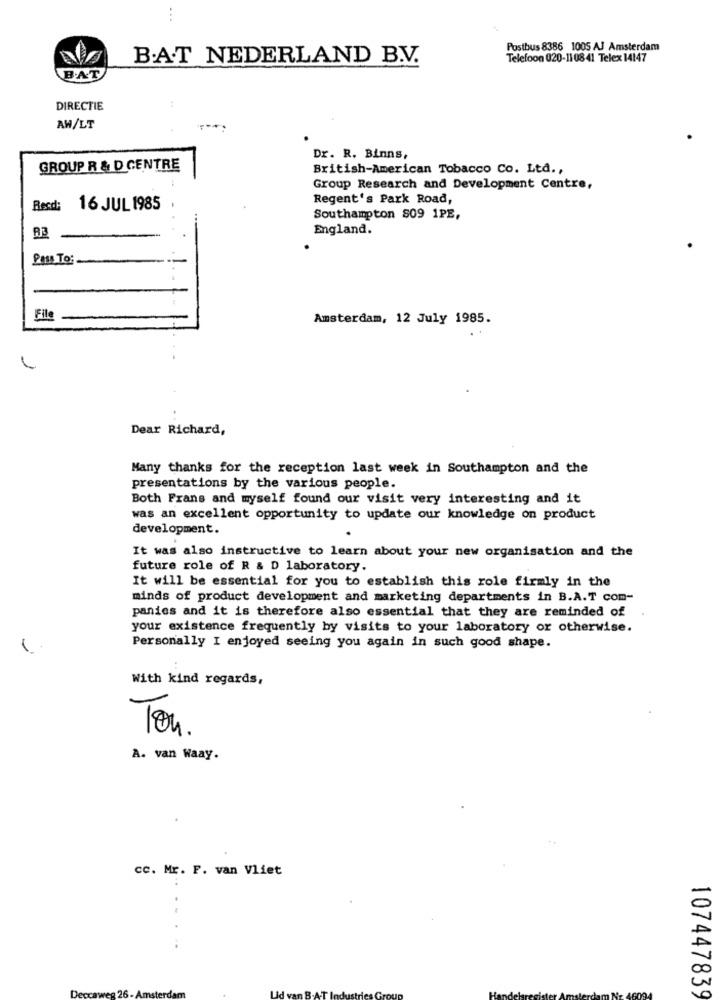
...
Postbus 8386 1005 AJ Amsterdam
B.A.T NEDERLAND B.V.
Telefoon 020-110841 Telex 14147
BAT
..
DIRECTIE
AW/LT
Dr. R. Binns,
GROUP R & D CENTRE
British-American Tobacco Co. Ltd .,
Group Research and Development Centre,
Regent's Park Road,
Recd:
16 JUL 1985
Southampton $09 1PE,
England.
A3
Pass To:
File
Amsterdam, 12 July 1985.
Dear Richard,
Many thanks for the reception last week in Southampton and the
presentations by the various people.
Both Frans and myself found our visit very interesting and it
was an excellent opportunity to update our knowledge on product
development.
It was also instructive to learn about your new organisation and the
future role of R & D laboratory.
It will be essential for you to establish this role firmly in the
minds of product development and marketing departments in B.A.T com-
panies and it is therefore also essential that they are reminded of
your existence frequently by visits to your laboratory or otherwise.
Personally I enjoyed seeing you again in such good shape.
With kind regards,
Ton .
A. van Waay.
cc. Mr. F. van Vliet
Deccaweg 26 - Amsterdam
107447839